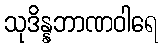
သုဒိန္နဘာဏဝါရေ